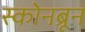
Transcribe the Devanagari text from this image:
स्कोनब्रून